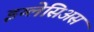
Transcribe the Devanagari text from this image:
इग्लेसिअस